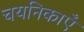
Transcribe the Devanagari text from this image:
चयनिकाएँ